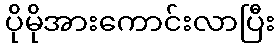
ပိုမိုအားကောင်းလာပြီး